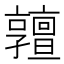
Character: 𠆞